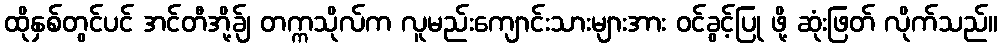
ထိုနှစ်တွင်ပင် အင်တီအို့ခ်ျ တက္ကသိုလ်က လူမည်းကျောင်းသားများအား ဝင်ခွင့်ပြု ဖို့ ဆုံးဖြတ် လိုက်သည်။